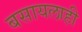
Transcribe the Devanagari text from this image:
बसायलाही